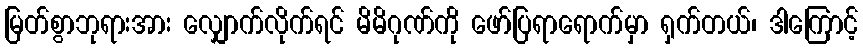
မြတ်စွာဘုရားအား လျှောက်လိုက်ရင် မိမိဂုဏ်ကို ဖော်ပြရာရောက်မှာ ရှက်တယ်၊ ဒါကြောင့်